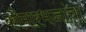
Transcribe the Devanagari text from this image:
कौमारभच्चांचा